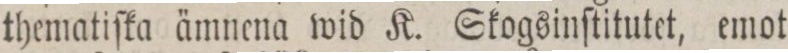
thematiſka ämnena wid K. Skogsinſtitutet, emot